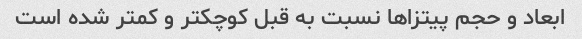
ابعاد و حجم پیتزاها نسبت به قبل کوچکتر و کمتر شده است